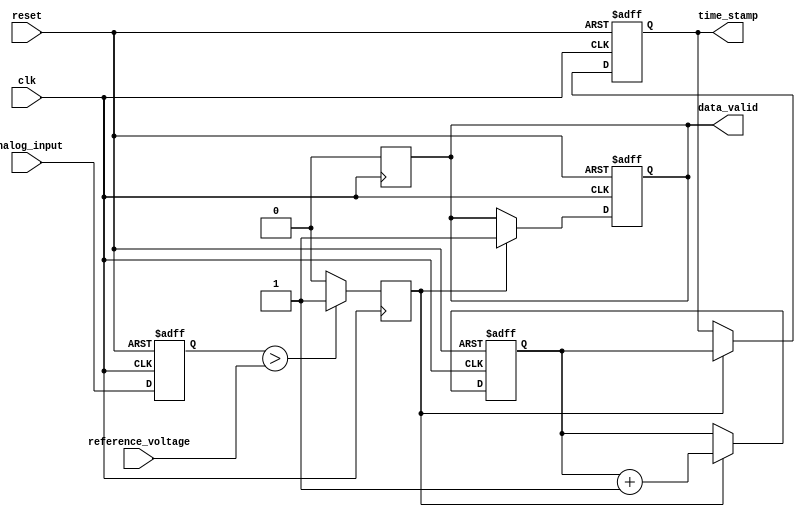
module analog_tdc (
    input wire clk,                // System clock
    input wire reset,              // Reset signal
    input wire analog_input,       // Analog input signal (simulated as digital for this example)
    input wire reference_voltage,   // Reference voltage for comparison
    output reg [15:0] time_stamp,  // Time stamp output
    output reg data_valid          // Data valid signal
);

    // Internal signals
    reg [15:0] counter;            // Digital counter
    reg analog_signal_stable;      // Flag for stable analog signal
    reg sample_hold;               // Sample and hold control
    reg comparator_output;          // Output of the analog comparator

    // Sample and Hold Logic
    always @(posedge clk or posedge reset) begin
        if (reset) begin
            sample_hold <= 1'b0;
        end else begin
            // Sample the analog input signal
            sample_hold <= analog_input;
        end
    end

    // Analog Comparator Logic
    always @(posedge clk) begin
        if (sample_hold > reference_voltage) begin
            comparator_output <= 1'b1; // Signal crossed reference voltage
        end else begin
            comparator_output <= 1'b0;
        end
    end

    // Digital Counter Logic
    always @(posedge clk or posedge reset) begin
        if (reset) begin
            counter <= 16'b0;
            time_stamp <= 16'b0;
            data_valid <= 1'b0;
        end else if (comparator_output) begin
            counter <= counter + 1; // Increment counter on comparator output
            time_stamp <= counter;   // Capture the timestamp
            data_valid <= 1'b1;      // Indicate valid data
        end
    end

    // Reset data valid signal after reading
    always @(posedge clk) begin
        if (data_valid) begin
            data_valid <= 1'b0; // Reset data valid after reading
        end
    end

endmodule